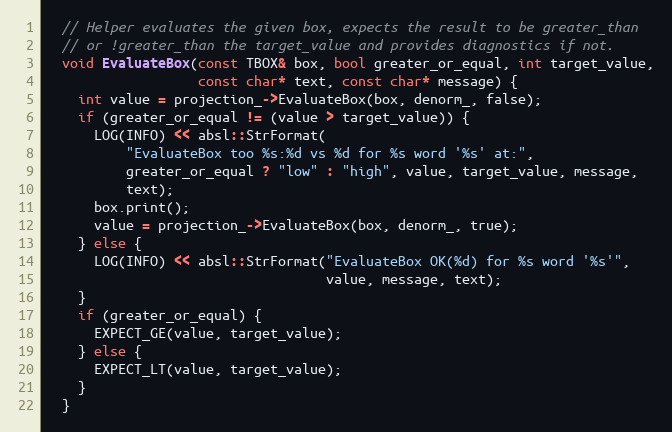
Language: C++
  // Helper evaluates the given box, expects the result to be greater_than
  // or !greater_than the target_value and provides diagnostics if not.
  void EvaluateBox(const TBOX& box, bool greater_or_equal, int target_value,
                   const char* text, const char* message) {
    int value = projection_->EvaluateBox(box, denorm_, false);
    if (greater_or_equal != (value > target_value)) {
      LOG(INFO) << absl::StrFormat(
          "EvaluateBox too %s:%d vs %d for %s word '%s' at:",
          greater_or_equal ? "low" : "high", value, target_value, message,
          text);
      box.print();
      value = projection_->EvaluateBox(box, denorm_, true);
    } else {
      LOG(INFO) << absl::StrFormat("EvaluateBox OK(%d) for %s word '%s'",
                                   value, message, text);
    }
    if (greater_or_equal) {
      EXPECT_GE(value, target_value);
    } else {
      EXPECT_LT(value, target_value);
    }
  }